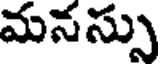
మనస్సు